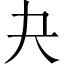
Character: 夬